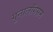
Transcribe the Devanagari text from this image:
गुनालॉगसन